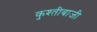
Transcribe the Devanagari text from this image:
कुश्तीबाजी